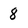
Character: 8